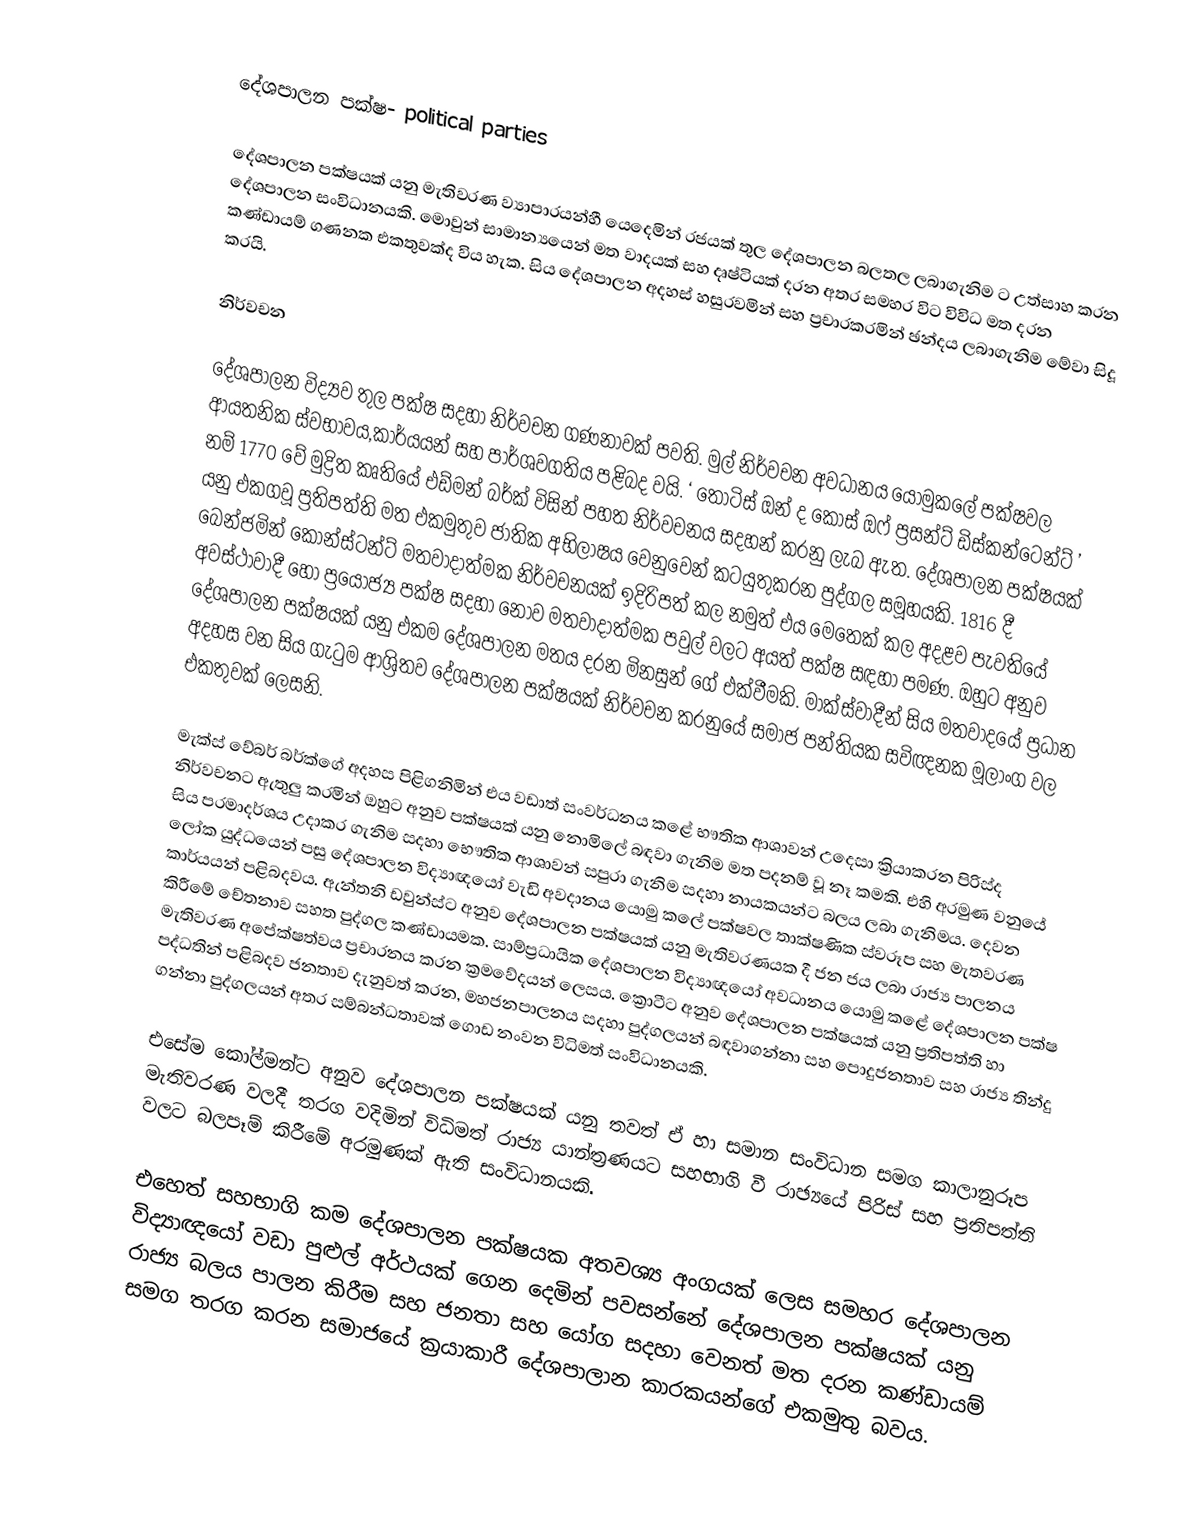
දේශපාලන පක්ෂ- political parties

දේශපාලන පක්ෂයක් යනු මැතිවරණ ව්‍යාපාරයන්හී යෙදෙමින්  රජයක් තුල දේශපාලන බලතල ලබාගැනිම ට උත්සාහ කරන දේශපාලන සංවිධානයකි. මොවුන් සාමාන්‍යයෙන් මත වාදයක් සහ දෘෂ්ටියක් දරන අතර සමහර විට විවිධ මත දරන කණ්ඩායම් ගණනක එකතුවක්ද විය හැක. සිය දේශපාලන අදහස් හසුරවමින් සහ ප්‍රචාරකරමින් ඡන්දය ලබාගැනිම මේවා සිදූ කරයි.

නිර්වචන

දේශපාලන විද්‍යව තුල පක්ෂ සදහා නිර්වචන ගණනාවක් පවති. මුල් නිර්වචන අවධානය යොමුකලේ පක්ෂවල ආයතනික ස්වභාවය,කාර්යයන් සහ පාර්ශවගතිය පළිබද වයි. ‘ තෝටිස් ඔන් ද කෝස් ඔෆ් ප්‍රසන්ට් ඩිස්කන්ටෙන්ට් ’  නම් 1770 වේ මුද්‍රිත කෘතියේ එඩ්මන් බර්ක් විසින් පහත නිර්වචනය සදහන් කරනු ලැබ ඇත. දේශපාලන පක්ෂයක් යනු එකගවූ ප්‍රතිපත්ති මත එකමුතුව ජාතික අභිලාෂය වෙනුවෙන් කටයුතුකරන පුද්ගල සමූහයකි. 1816 දී බෙන්ජමින් කොන්ස්ටන්ට් මතවාදාත්මක නිර්වචනයක් ඉදිරිපත් කල නමුත් එය මෙතෙක් කල අදළව පැවතියේ අවස්ථාවාදී හෝ ප්‍රයෝජ්‍ය පක්ෂ සදහා නොව මතවාදාත්මක පවුල් වලට අයත් පක්ෂ සඳහා පමණ. ඔහුට අනුව දේශපාලන පක්ෂයක් යනු එකම දේශපාලන මතය දරන මිනසුන් ගේ එක්වීමකි. මාක්ස්වාදීන් සිය මතවාදයේ ප්‍රධාන අදහස වන සිය ගැටුම ආශ්‍රිතව දේශපාලන පක්ෂයක් නිර්වචන කරනුයේ සමාජ පන්තියක සවිඥනක මූලාංග වල එකතුවක් ලෙසනි.

මැක්ස් වේබර් බර්ක්ගේ අදහස පිළිගනිමින් එය වඩාත් සංවර්ධනය කළේ භෟතික ආශාවන් උදෙසා  ක්‍රියාකරන පිරිස්ද නිර්වචනට ඇතුලු කරමින් ඔහුට අනුව පක්ෂයක් යනු නොමිලේ බඳවා ගැනිම මත පදනම් වූ නෑ කමකි. එහි අරමුණ වනුයේ සිය පරමාදර්ශය උදාකර ගැනිම සදහා භෞතික ආශාවන්  සපුරා ගැනිම සදහා නායකයන්ට බලය ලබා ගැනිමය. දෙවන ලෝක යුද්ධයෙන් පසු දේශපාලන විද්‍යාඥයෝ වැඩි අවදානය යොමු කලේ පක්ෂවල තාක්ෂණික ස්වරූප සහ මැතවරණ කාර්යයන් පළිබදවය. ඇන්තනි ඩවුන්ස්ට අනුව දේශපාලන පක්ෂයක් යනු මැතිවරණයක දී ජන ජය ලබා රාජ්‍ය පාලනය කිරීමේ චේතනාව සහත පුද්ගල කණ්ඩායමක. සාම්ප්‍රධායික දේශපාලන විද්‍යාඥයෝ අවධානය යොමු කළේ දේශපාලන පක්ෂ මැතිවරණ අපේක්ෂත්වය ප්‍රචාරනය කරන ක්‍රමවේදයන් ලෙසය. ක්‍රොටීට අනුව දේශපාලන පක්ෂයක් යනු ප්‍රතිපත්ති හා පද්ධතින් පළිබදව ජනතාව දැනුවත් කරන, මහජනපාලනය සදහා පුද්ගලයන් බඳවාගන්නා සහ පොදුජනතාව සහ රාජ්‍ය තින්දු ගන්නා පුද්ගලයන් අතර සම්බන්ධතාවක් ගොඩ නංවන විධිමත් සංවිධානයකි.

එසේම කෝල්මන්ට අනුව දේශපාලන පක්ෂයක් යනු තවත් ඒ හා සමාන සංවිධාන සමග කාලානුරූප මැතිවරණ වලදී තරග වදිමින් විධිමත් රාජ්‍ය යාන්ත්‍රණයට සහභාගි වී රාඡ්‍යයේ පිරිස් සහ ප්‍රතිපත්ති වලට බලපෑම් කිරීමේ අරමුණක් ඇති සංවිධානයකි.

එහෙත් සහභාගි කම දේශපාලන පක්ෂයක අතවශ්‍ය අංගයක් ලෙස සමහර දේශපාලන විද්‍යාඥයෝ වඩා පුළුල්  අර්ථයක් ගෙන දෙමින් පවසන්නේ දේශපාලන පක්ෂයක් යනු රාජ්‍ය බලය පාලන කිරීම සහ ජනතා සහ යෝග සදහා වෙනත් මත දරන  කණ්ඩායම් සමග තරග කරන සමාජයේ ක්‍රයාකාරී දේශපාලාන කාරකයන්ගේ එකමුතු බවය.